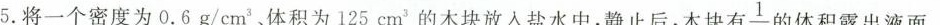
5.将一个密度为 $$0.6 \rho /cm^{3}$$ 体积 $$125cm^{3}$$ 的木块放入盐水中，静止后，木块有1的体积雪出液而